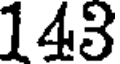
143